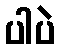
ပါပဲ